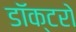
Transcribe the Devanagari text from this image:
डॉक्‍टरो